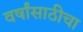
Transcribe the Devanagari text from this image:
वर्षांसाठीचा